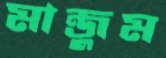
মান্জুম